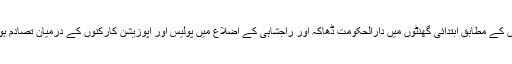
خبروں کے مطابق ابتدائی گھنٹوں میں دارالحکومت ڈھاکہ اور راجشاہی کے اضلاع میں پولیس اور اپوزیشن کارکنوں کے درمیان تصادم ہوا ہے۔